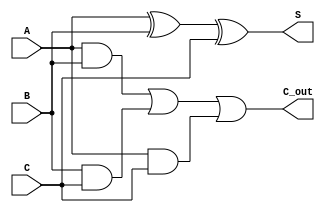
module CSA (
    input  [N-1:0] A, // First input
    input  [N-1:0] B, // Second input
    input  [N-1:0] C, // Third input
    output [N-1:0] S, // Sum output
    output [N-1:0] C_out // Carry output
);
    parameter N = 8; // Bit-width of inputs and outputs

    assign S = A ^ B ^ C; // Sum calculation
    assign C_out = (A & B) | (B & C) | (A & C); // Carry calculation
endmodule